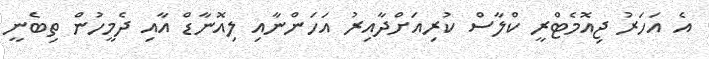
އެ އަހަރު ޖިއޮމެޓްރީ ކްލާސް ކުރިއަށްދާއިރު އަހަންނާއި ލިއޮނާޑް އާއި ދެމީހުން ތިބެނީ